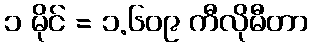
၁ မိုင် = ၁.၆၀၉ ကီလိုမီတာ